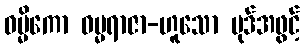
ဓမ္မိကော ဓမ္မရာဇာ-ဟူသော ပုဒ်အဖွင့်